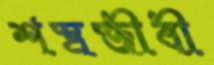
শস্ত্রজীবী